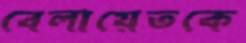
বেলায়েতকে